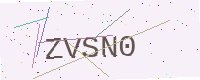
Text: ZVSN0